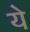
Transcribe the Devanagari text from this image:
येे